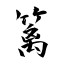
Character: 篱